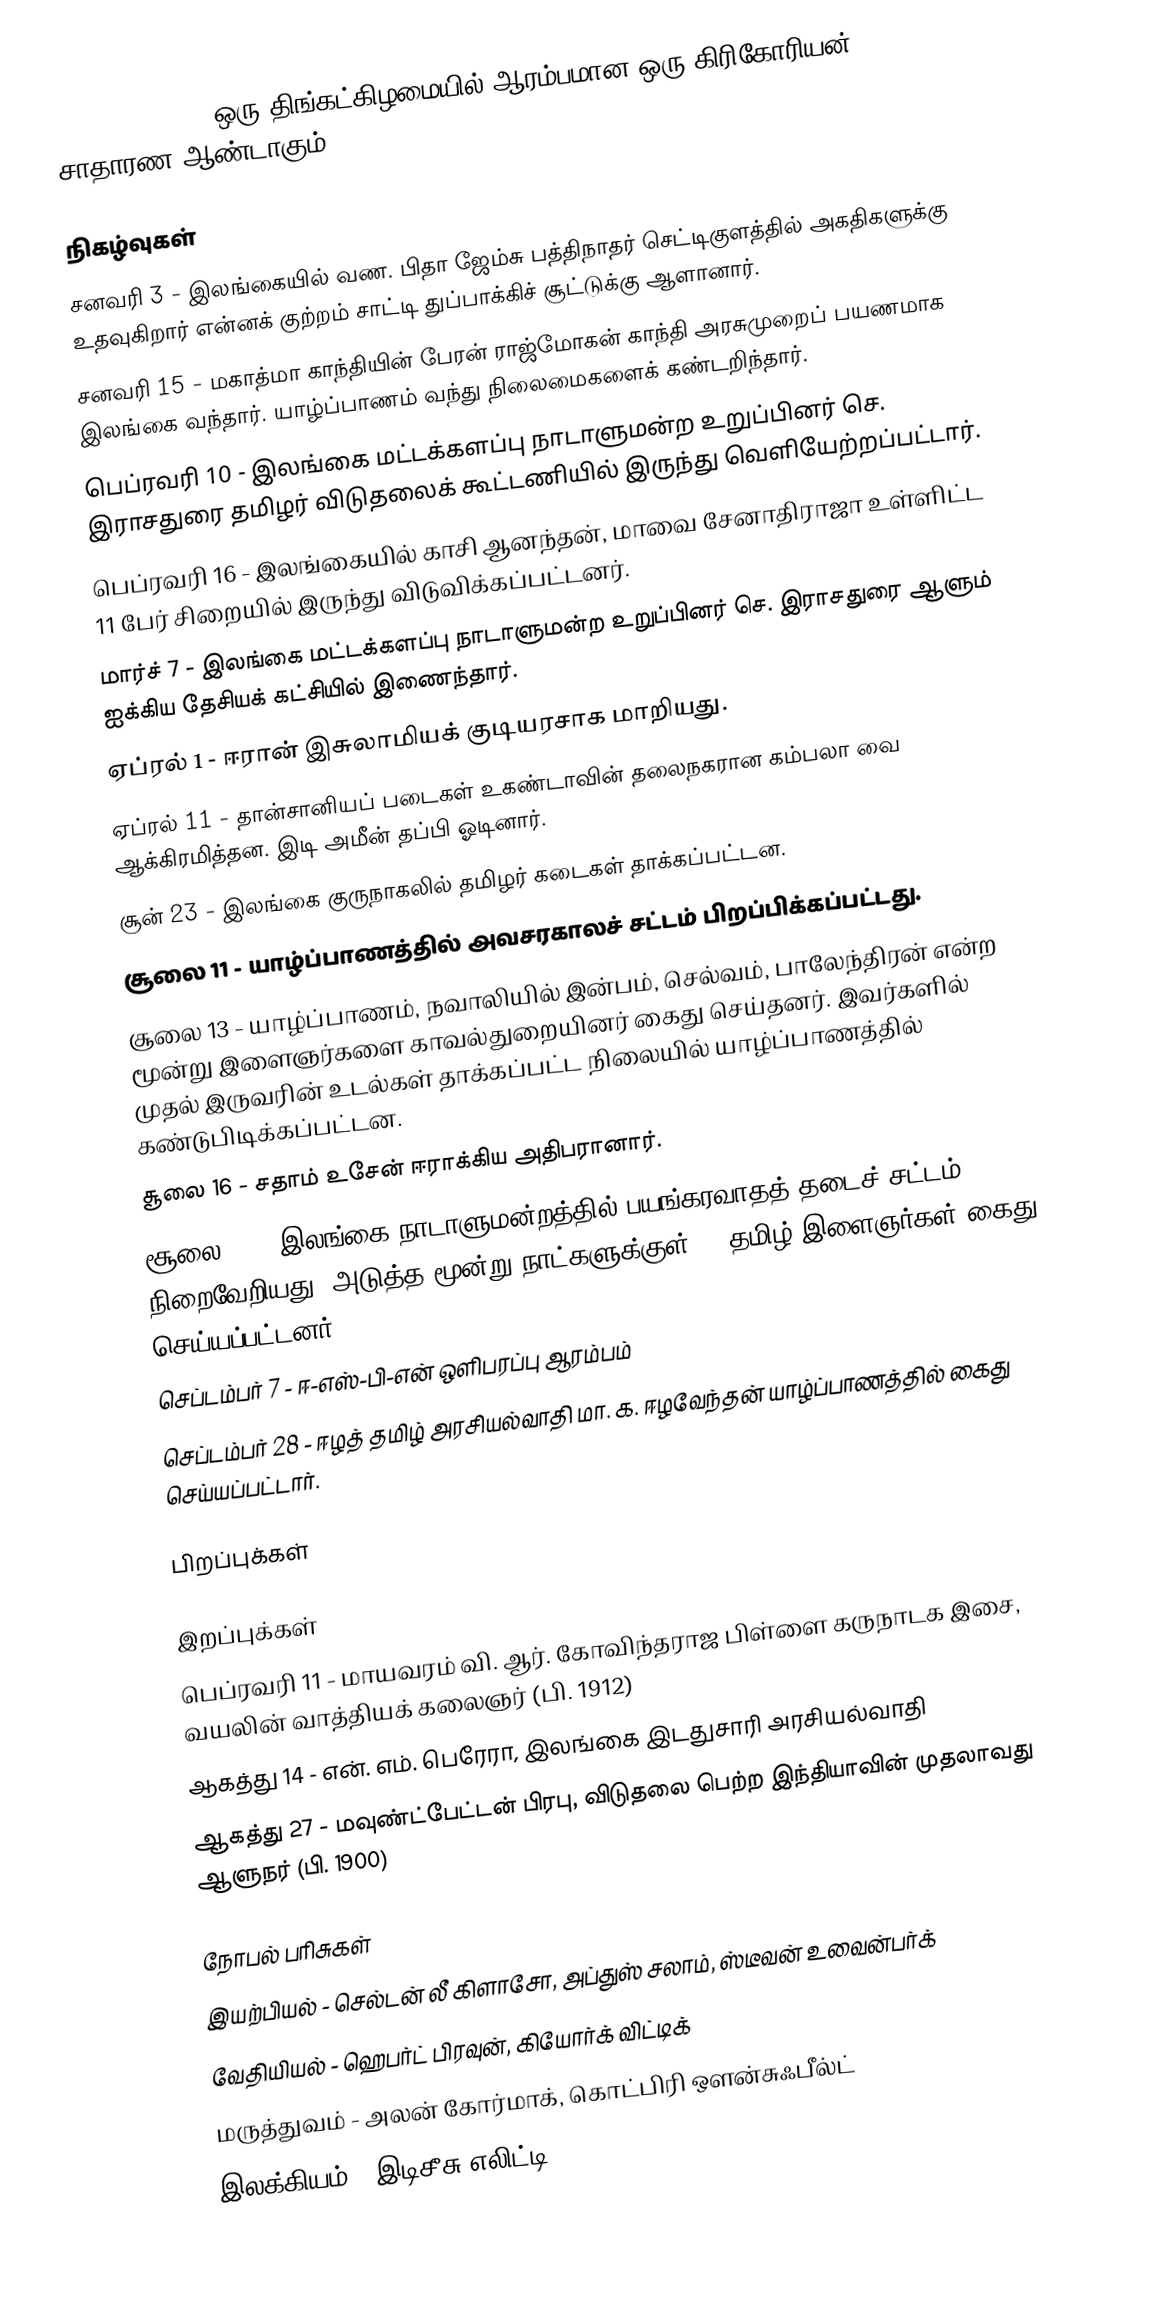
1979 (MCMLXXIX) ஒரு திங்கட்கிழமையில் ஆரம்பமான ஒரு கிரிகோரியன் சாதாரண ஆண்டாகும்.

நிகழ்வுகள்
 சனவரி 3 - இலங்கையில் வண. பிதா ஜேம்சு பத்திநாதர் செட்டிகுளத்தில் அகதிகளுக்கு உதவுகிறார் என்னக் குற்றம் சாட்டி துப்பாக்கிச் சூட்டுக்கு ஆளானார்.
 சனவரி 15 - மகாத்மா காந்தியின் பேரன் ராஜ்மோகன் காந்தி அரசுமுறைப் பயணமாக இலங்கை வந்தார். யாழ்ப்பாணம் வந்து நிலைமைகளைக் கண்டறிந்தார்.
 பெப்ரவரி 10 - இலங்கை மட்டக்களப்பு நாடாளுமன்ற உறுப்பினர் செ. இராசதுரை தமிழர் விடுதலைக் கூட்டணியில் இருந்து வெளியேற்றப்பட்டார்.
 பெப்ரவரி 16 - இலங்கையில் காசி ஆனந்தன், மாவை சேனாதிராஜா உள்ளிட்ட 11 பேர் சிறையில் இருந்து விடுவிக்கப்பட்டனர்.
 மார்ச் 7 - இலங்கை மட்டக்களப்பு நாடாளுமன்ற உறுப்பினர் செ. இராசதுரை ஆளும் ஐக்கிய தேசியக் கட்சியில் இணைந்தார்.
 ஏப்ரல் 1 - ஈரான் இசுலாமியக் குடியரசாக மாறியது.
 ஏப்ரல் 11 - தான்சானியப் படைகள் உகண்டாவின் தலைநகரான கம்பலா வை ஆக்கிரமித்தன. இடி அமீன் தப்பி ஓடினார்.
 சூன் 23 - இலங்கை குருநாகலில் தமிழர் கடைகள் தாக்கப்பட்டன.
 சூலை 11 - யாழ்ப்பாணத்தில் அவசரகாலச் சட்டம் பிறப்பிக்கப்பட்டது.
 சூலை 13 - யாழ்ப்பாணம், நவாலியில் இன்பம், செல்வம், பாலேந்திரன் என்ற மூன்று இளைஞர்களை காவல்துறையினர் கைது செய்தனர். இவர்களில் முதல் இருவரின் உடல்கள் தாக்கப்பட்ட நிலையில் யாழ்ப்பாணத்தில் கண்டுபிடிக்கப்பட்டன.
 சூலை 16 - சதாம் உசேன் ஈராக்கிய அதிபரானார்.
 சூலை 17 - இலங்கை நாடாளுமன்றத்தில் பயங்கரவாதத் தடைச் சட்டம் நிறைவேறியது. அடுத்த மூன்று நாட்களுக்குள் 47 தமிழ் இளைஞர்கள் கைது செய்யப்பட்டனர்.
 செப்டம்பர் 7 - ஈ-எஸ்-பி-என் ஒளிபரப்பு ஆரம்பம்
 செப்டம்பர் 28 - ஈழத் தமிழ் அரசியல்வாதி மா. க. ஈழவேந்தன் யாழ்ப்பாணத்தில் கைது செய்யப்பட்டார்.

பிறப்புக்கள்

இறப்புக்கள்
 பெப்ரவரி 11 - மாயவரம் வி. ஆர். கோவிந்தராஜ பிள்ளை கருநாடக இசை, வயலின் வாத்தியக் கலைஞர் (பி. 1912)
 ஆகத்து 14 - என். எம். பெரேரா, இலங்கை இடதுசாரி அரசியல்வாதி
 ஆகத்து 27 - மவுண்ட்பேட்டன் பிரபு, விடுதலை பெற்ற இந்தியாவின் முதலாவது ஆளுநர் (பி. 1900)

நோபல் பரிசுகள்
 இயற்பியல் - செல்டன் லீ கிளாசோ, அப்துஸ் சலாம், ஸ்டீவன் உவைன்பர்க்
 வேதியியல் - ஹெபர்ட் பிரவுன், கியோர்க் விட்டிக்
 மருத்துவம் - அலன் கோர்மாக், கொட்பிரி ஔன்சுஃபீல்ட்
 இலக்கியம் - இடிசீசு எலிட்டி